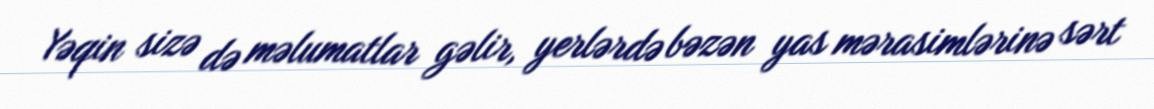
Yəqin sizə də məlumatlar gəlir, yerlərdə bəzən yas mərasimlərinə sərt